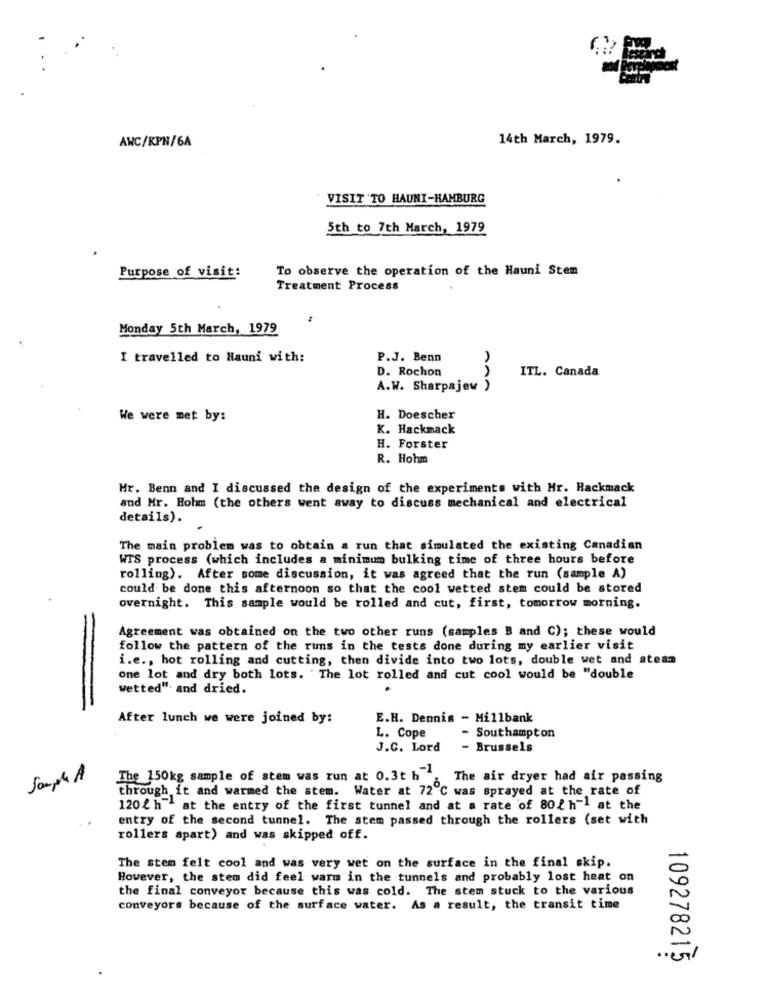
AWC/KPN/6A
14th March, 1979.
VISIT TO HAUNI-HAMBURG
5th to 7th March, 1979
To observe the operation of the Hauni Stem
Purpose of visit:
Treatment Process
Monday 5th March, 1979
I travelled to Hauni with:
P.J. Benn
D. Rochon
ITL. Canada
A.W. Sharpajew )
We were met by:
H. Doescher
K. Hackmack
H. Forster
R. Hohm
Mr. Benn and I discussed the design of the experiments with Mr. Rackmack
and Mr. Hohm (the others went away to discuss mechanical and electrical
details).
The main problem was to obtain a run that simulated the existing Canadian
WTS process (which includes a minimum bulking time of three hours before
rolling). After some discussion, it was agreed that the run (sample A)
could be done this afternoon so that the cool wetted stem could be stored
overnight. This sample would be rolled and cut, first, tomorrow morning.
Agreement was obtained on the two other runs (samples B and C); these would
follow the pattern of the runs in the tests done during my earlier visit
i.e ., hot rolling and cutting, then divide into two lots, double wet and steam
one lot and dry both lots. The lot rolled and cut cool would be "double
wetted", and dried.
After lunch we were joined by:
E.H. Dennis - Millbank
L. Cope
- Southampton
J.C. Lord
- Brussels
Sample A
The 150kg sample of stem was run at 0.3t h .
The air dryer had air passing
through it and warmed the stem. Water at 72 ℃ was sprayed at the rate of
120 { h"" at the entry of the first tunnel and at a rate of 802h-1 at the
entry of the second tunnel. The stem passed through the rollers (set with
rollers apart) and was skipped off.
The stem felt cool and was very wet on the surface in the final skip.
However, the stem did feel warm in the tunnels and probably lost heat on
the final conveyor because this was cold. The stem stuck to the various
conveyors because of the surface water. As a result, the transit time
109278215